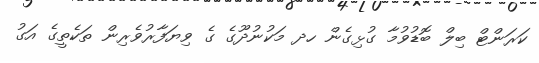
ކަރަންޓް ބިލް ބޮޑުވުމާ ގުޅިގެން ހދ މަކުނުދޫގެ ގެ ވިޔަފާރުވެރިން ތަކެތީގެ އަގު